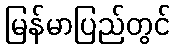
မြန်မာပြည်တွင်